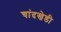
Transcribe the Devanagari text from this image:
चांदखेडी